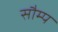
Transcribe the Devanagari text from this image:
सौम्प